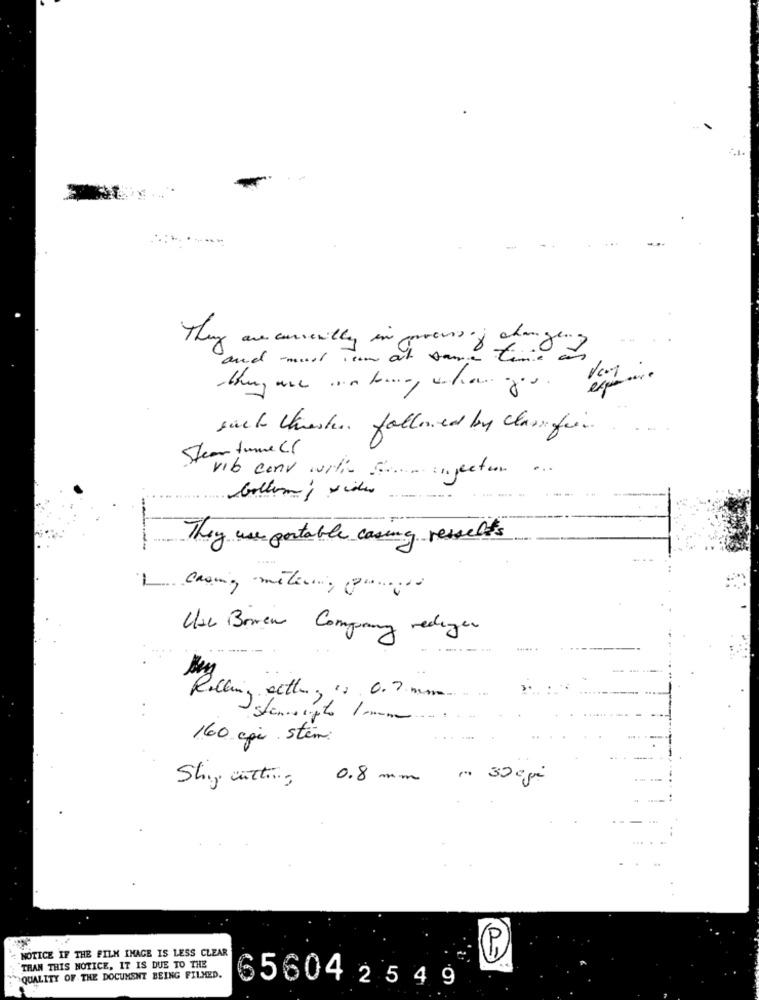
They are currently in process of changens
and must um at same tid a
such Uhrester, followed by classifica.
Steam tume Cr
vib conv with for injection.
They use portable casing resseles
casing metering progra
Use Boren Company rediger
160 cgi stem:
0,8 mm n 30 cji
Shy witting
P
NOTICE IF THE FILM IMAGE IS LESS CLEAR
THAN THIS NOTICE, IT IS DUE TO THE
QUALITY OF THE DOCUMENT BEING FILMED.
65604 2 5 4 9